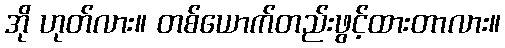
အို ဟုတ်လား။ တစ်ယောက်တည်းဖွင့်ထားတာလား။